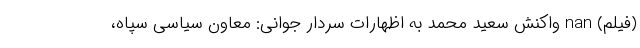
(فیلم) nan واکنش سعید محمد به اظهارات سردار جوانی: معاون سیاسی سپاه،